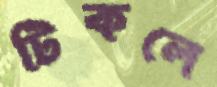
টিকলে